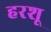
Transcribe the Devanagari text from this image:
हरशू